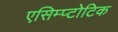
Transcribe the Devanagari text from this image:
एसिम्प्टोटिक